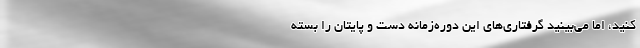
کنید، اما می‌بینید گرفتاری‌های این دوره‌زمانه دست و پایتان را بسته